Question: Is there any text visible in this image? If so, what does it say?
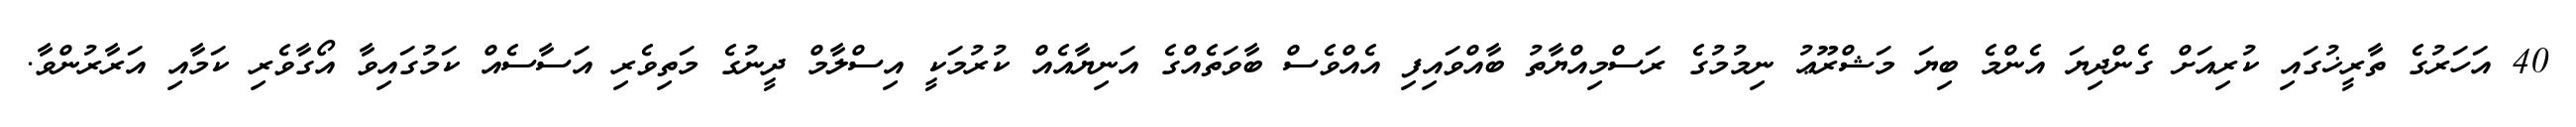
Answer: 40 އަހަރުގެ ތާރީޚުގައި ކުރިއަށް ގެންދިޔަ އެންމެ ބިޔަ މަޝްރޫޢު ނިމުމުގެ ރަސްމިއްޔާތު ބާއްވައިފި އެއްވެސް ބާވަތެއްގެ އަނިޔާއެއް ކުރުމަކީ އިސްލާމް ދީނުގެ މަތިވެރި އަސާސެއް ކަމުގައިވާ އޯގާވެރި ކަމާއި އަރާރުންވާ.